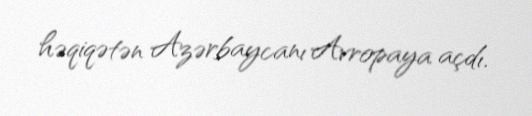
həqiqətən Azərbaycanı Avropaya açdı.